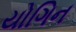
યોગિન